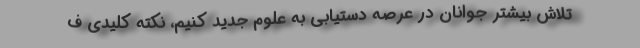
تلاش بیشتر جوانان در عرصه دستیابی به علوم جدید کنیم، نکته کلیدی ف